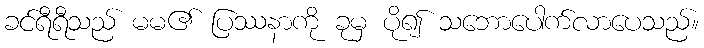
ခင်ရီရီသည် မမ၏ ပြဿနာကို ခုမှ ပို၍ သဘောပေါက်လာပေသည်။